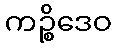
ကဉ္စိဒေဝ